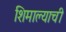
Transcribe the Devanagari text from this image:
शिमाल्याची